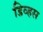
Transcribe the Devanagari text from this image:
डिव्हस